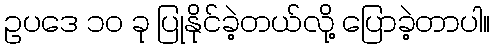
ဥပဒေ ၁၀ ခု ပြုနိုင်ခဲ့တယ်လို့ ပြောခဲ့တာပါ။